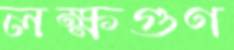
লক্ষগুণ